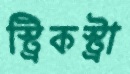
স্ট্রিকস্ট্রা